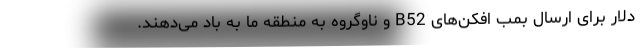
دلار برای ارسال بمب افکن‌های B52 و ناوگروه به منطقه ما به باد می‌دهند.